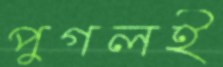
পুগলই